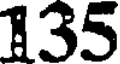
135